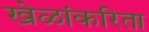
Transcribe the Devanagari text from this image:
खेळांकरिता